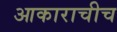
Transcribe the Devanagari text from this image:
आकाराचीच